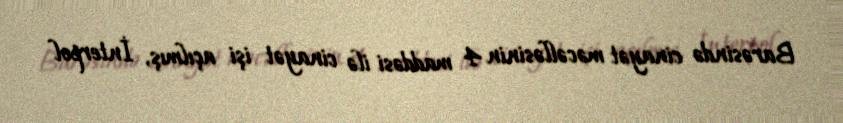
Barəsində cinayət məcəlləsinin 4 maddəsi ilə cinayət işi açılmış, İnterpol